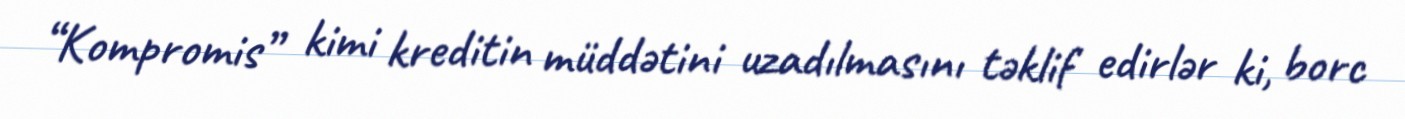
“Kompromis” kimi kreditin müddətini uzadılmasını təklif edirlər ki, borc